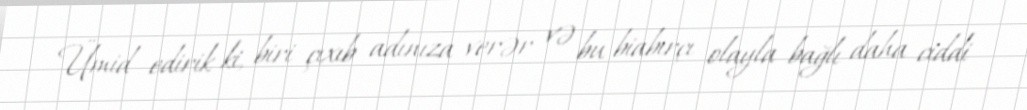
Ümid edirik ki, biri çıxıb adınıza verər və bu biabırçı olayla bağlı daha ciddi